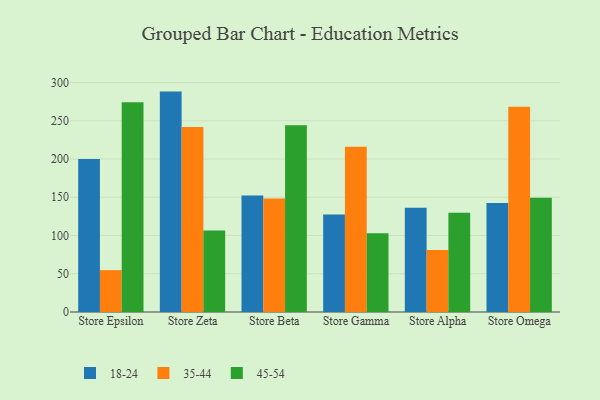
{"axis": {"x": "Store", "y": "Satisfaction Score"}, "legend": ["18-24", "35-44", "45-54"], "data": [{"x": "Store Epsilon", "y": 200.0, "type": "18-24"}, {"x": "Store Epsilon", "y": 54.7, "type": "35-44"}, {"x": "Store Epsilon", "y": 274.1, "type": "45-54"}, {"x": "Store Zeta", "y": 288.1, "type": "18-24"}, {"x": "Store Zeta", "y": 241.8, "type": "35-44"}, {"x": "Store Zeta", "y": 106.4, "type": "45-54"}, {"x": "Store Beta", "y": 152.3, "type": "18-24"}, {"x": "Store Beta", "y": 148.5, "type": "35-44"}, {"x": "Store Beta", "y": 244.2, "type": "45-54"}, {"x": "Store Gamma", "y": 127.6, "type": "18-24"}, {"x": "Store Gamma", "y": 216.1, "type": "35-44"}, {"x": "Store Gamma", "y": 102.8, "type": "45-54"}, {"x": "Store Alpha", "y": 136.3, "type": "18-24"}, {"x": "Store Alpha", "y": 80.9, "type": "35-44"}, {"x": "Store Alpha", "y": 129.6, "type": "45-54"}, {"x": "Store Omega", "y": 142.4, "type": "18-24"}, {"x": "Store Omega", "y": 268.3, "type": "35-44"}, {"x": "Store Omega", "y": 149.3, "type": "45-54"}]}